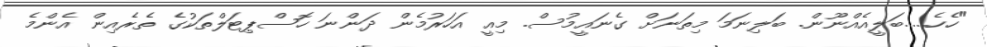
"ހެހެ.....ބަލީއެއްނޫން. ބަލިނަމަ މިތަނަށް ގެނައީމުސް. މިއީ އަހަރުމެން ދަންނަ ހޮސްޕިޓަލްތަކުގެ ތެރެއިން އެންމެ